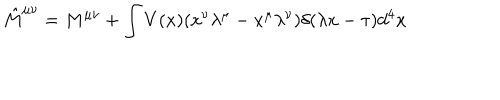
{ \hat { M } } ^ { \mu \nu } = M ^ { \mu \nu } + \int V ( x ) ( x ^ { \nu } \lambda ^ { \mu } - x ^ { \mu } \lambda ^ { \nu } ) \delta ( \lambda x - \tau ) d ^ { 4 } x